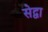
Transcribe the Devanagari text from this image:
सेद्वा